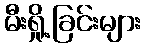
မီးရှို့ခြင်းများ